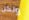
ولكن